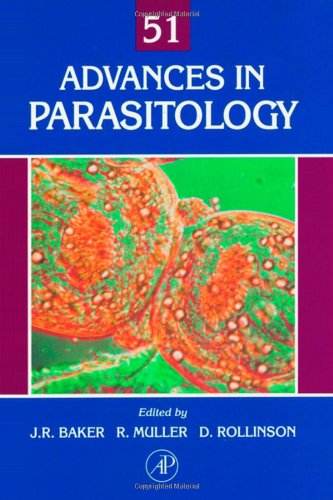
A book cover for Advances in Parasitology, Vol. 51; Medical Books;